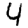
Digit: 4